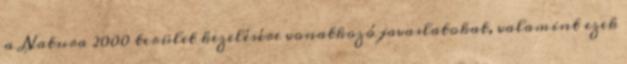
a Natura 2000 terület kezelésére vonatkozó javaslatokat, valamint ezek